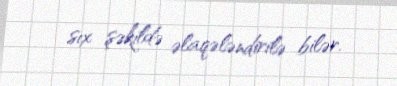
sıx şəkildə əlaqələndirilə bilər.